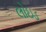
લોઇડ